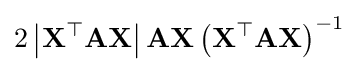
2\left|\mathbf {X^{\top }} \mathbf {A} \mathbf {X} \right|\mathbf {AX} \left(\mathbf {X^{\top }AX} \right)^{-1}